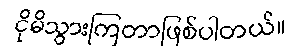
ငိုမိသွားကြတာဖြစ်ပါတယ်။